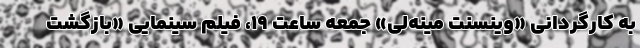
به کارگردانی «وینسنت مینه‌لی» جمعه ساعت ۱۹، فیلم سینمایی «بازگشت